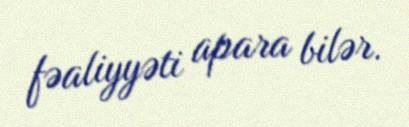
fəaliyyəti apara bilər.